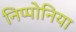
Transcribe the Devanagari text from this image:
निप्पोनिया